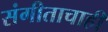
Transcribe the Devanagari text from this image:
संगीताचाही